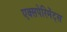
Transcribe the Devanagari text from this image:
एक्सपेरिमेंट्स